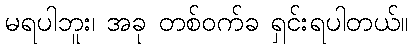
မရပါဘူး၊ အခု တစ်ဝက်ခ ရှင်းရပါတယ်။